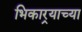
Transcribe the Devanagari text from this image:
भिकार्‍याच्या